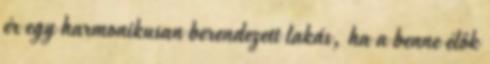
ér egy harmonikusan berendezett lakás, ha a benne élők